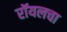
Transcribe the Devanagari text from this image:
रॉयलचा